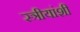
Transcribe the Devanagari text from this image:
स्त्रीयांशी